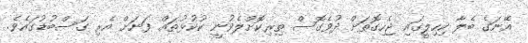
އޭނަގެ ބެލާ ކިހިލީގައި ޖެހިގޮތަށް ދުވެގޮސް ތިރިކޮށްލެވުނީ ކުކުޅުތައް ފަނަށް އެރި ގަސްބުޑުގައެވެ.